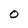
Character: 0